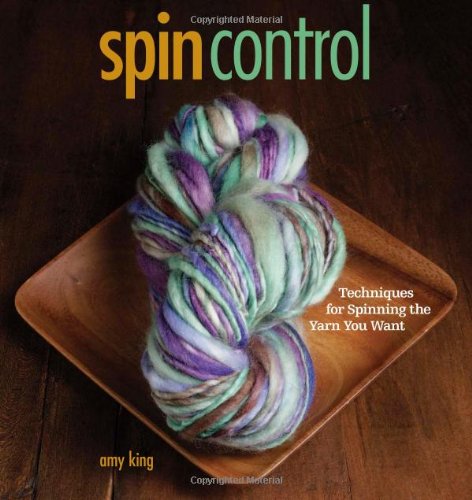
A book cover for Spin Control; Amy King; Crafts, Hobbies & Home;